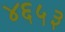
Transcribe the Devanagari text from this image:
४६५३